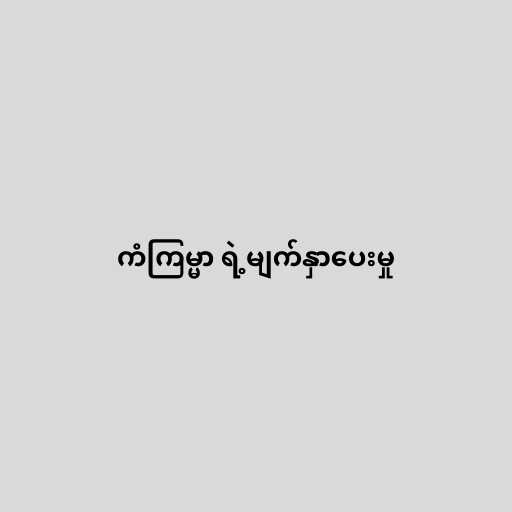
ကံကြမ္မာ ရဲ့မျက်နှာပေးမှု